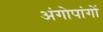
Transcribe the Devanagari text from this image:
अंगोपांगों